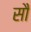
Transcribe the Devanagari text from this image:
साै